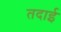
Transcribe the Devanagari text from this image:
तदाई